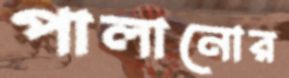
পালানোর